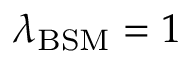
\lambda _ { \mathrm { B S M } } = 1